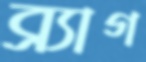
ব্র্যাগ